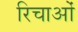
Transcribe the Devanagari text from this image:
रिचाओं